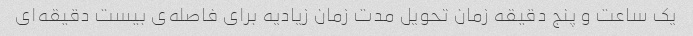
یک ساعت و پنج دقیقه زمان تحویل مدت زمان زیادیه برای فاصله‌ی بیست دقیقه‌ای